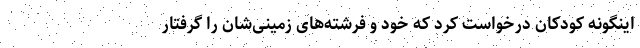
اینگونه کودکان درخواست کرد که خود و فرشته‌های زمینی‌شان را گرفتار